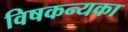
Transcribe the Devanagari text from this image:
विषकन्यका